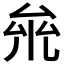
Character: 𠫱